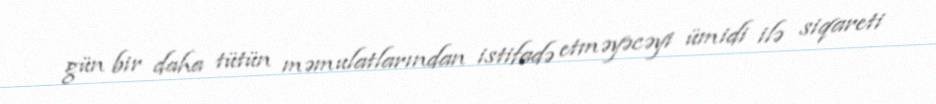
gün bir daha tütün məmulatlarından istifadə etməyəcəyi ümidi ilə siqareti